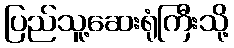
ပြည်သူ့ဆေးရုံကြီးသို့